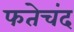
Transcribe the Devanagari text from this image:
फतेचंद